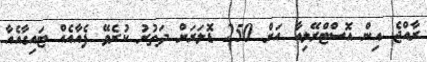
ރާއްޖެ އިން އޮސްޓްރޭލިއާ އަށް 250 ޑޮލަރަށް ދަތުރު ކުރެވޭ ފެއާއެއް ޓައިގާއެއާ